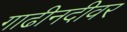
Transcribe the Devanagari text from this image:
गाढीनदीवर